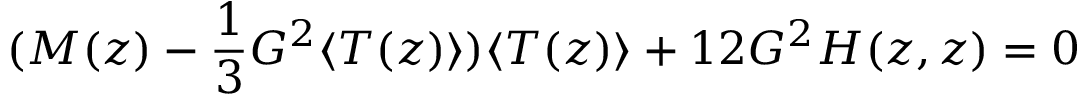
( M ( z ) - \frac { 1 } { 3 } G ^ { 2 } \langle T ( z ) \rangle ) \langle T ( z ) \rangle + 1 2 G ^ { 2 } H ( z , z ) = 0